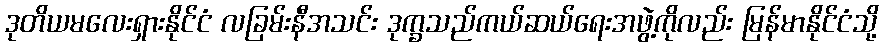
ဒုတိယမလေးရှားနိုင်ငံ လခြမ်းနီအသင်း ဒုက္ခသည်ကယ်ဆယ်ရေးအဖွဲ့ကိုလည်း မြန်မာနိုင်ငံသို့